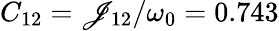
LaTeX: C_{12}=\mathscr{J}_{12}/\omega_{0}=0.743